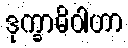
ဒုက္ခာဓိဝါဟာ